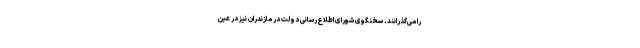
را می‌گذرانند. سخنگوی شورای اطلاع‌رسانی دولت در مازندران نیز در عین